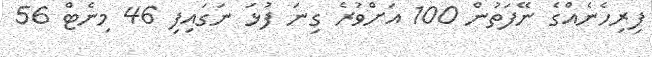
ފިރިހެނެއްގެ ނޭފަތުން 100 އަށްވުރެ ގިނަ ފުޅަ ނަގައިފި 46 މިނެޓް 56